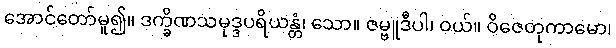
အောင်တော်မူ၍။ ဒက္ခိဏသမုဒ္ဒပရိယန္တံ၊ သော။ ဇမ္ဗူဒီပါ၊ ဝယ်။ ဝိဇေတုကာမော၊